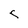
Character: c